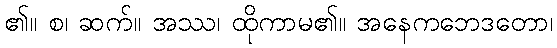
၏။ စ၊ ဆက်။ အဿ၊ ထိုကာမ၏။ အနေကဘေဒတော၊